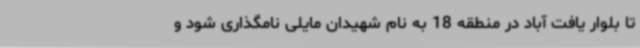
تا بلوار یافت آباد در منطقه 18 به نام شهیدان مایلی نامگذاری شود و